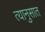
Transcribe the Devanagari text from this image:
त्यानुसात